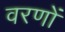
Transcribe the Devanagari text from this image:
वरणों